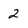
Character: 2